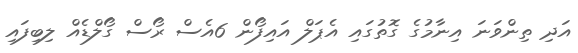
އަދި ތިންވަނަ އިނާމުގެ ގޮތުގައި އެޕަލް އައިފޯން 6އެސް ރޯސް ގޯލްޑެއް ލިބިފައި